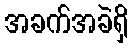
အခက်အခဲရှိ